system: You are a helpful assistant.
user:
Analyze the provided spectrum to determine if it is a **S-type Star**.

- **Key Indicators for S-type Star:**

    - **(Overall Spectrum Shape):** The first and most obvious characteristic is the overall continuum (the "baseline" shape). It is **extremely "red-sloping,"** meaning the flux (light intensity) is very low on the left side (blue, ~4000-4500 Å) and rises steeply and continuously toward the right side (red, ~7000 Å+).

    - **(Primary):** The spectrum is defined by the presence of strong, broad molecular absorption "valleys" (bands) from **Zirconium Oxide (ZrO)**. The identification of these bands is the **primary requirement** for classifying a star as S-type.
        - **(Key Bandheads):** You must find distinct, deep "dips" where the light has been absorbed. The most critical band systems to locate are:
            - **~6474 Å** ($\gamma$-system): This is often the strongest and clearest ZrO feature, found in the red part of the spectrum.
            - **~5718 Å** & **~5551 Å** ($\beta$-system): A pair of prominent absorption features in the yellow-orange part of the spectrum.
            - **~4640 Å** ($\alpha$-system): A key absorption band system in the blue-green region of the spectrum.

    - **(Secondary Confirmation):** The classification is strengthened by finding additional absorption bands from other related heavy element oxides, which are expected to be present alongside ZrO.
        - **(Key Bandheads):**
            - **Yttrium Oxide (YO):** Look for absorption dips near **~4800 Å** and **~6100 Å**.
            - **Lanthanum Oxide (LaO):** Additional absorption features, particularly in the red-orange part of the spectrum, are also characteristic.

    - **(Line Profile):** The combination of the steep red continuum and these numerous, deep molecular bands (ZrO, YO, etc.) gives the entire spectrum a very **"chopped-up"** or **"bumpy"** appearance. Instead of a smooth curve, the spectrum looks as though large, wide chunks of light have been "carved out" of it at the specific wavelengths listed above.

Think first, call **spectral_visualization_tool** if needed to examine features in detail, then provide your final answer. Your response must adhere to the following strict rules:
1.  **Overall Structure:** Your response must follow the format `<think>...</think> <tool_call>...</tool_call> (if a tool is used) <answer>...</answer>`.
2.  **Tool Usage Constraint:** You may only make **one** tool call per turn.
3.  **Final Answer Format:** In the `<answer>` tag, your conclusion must be inside a `\boxed{}` command (e.g., `\boxed{YES}` or `\boxed{NO}`), followed by your justification.

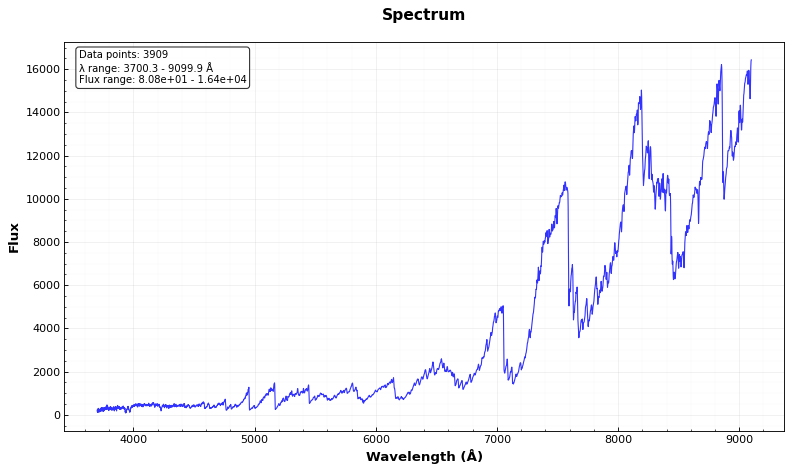
Answer: YES